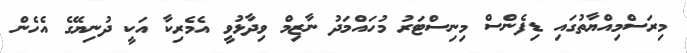
މިރަސްމިއްޔާތުގައި ޑިފެންސް މިނިސްޓަރު މުހައްމަދު ނާޒިމް ވިދާޅުވީ އެމެރިކާ އަކީ ދުނިޔޭގެ އެހެން